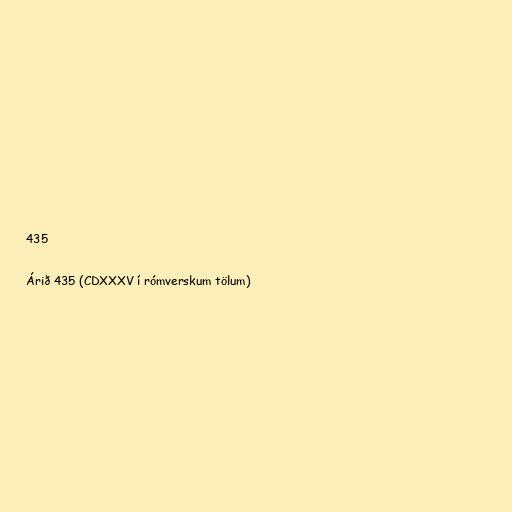
435

Árið 435 (CDXXXV í rómverskum tölum)